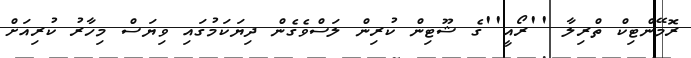
ރޮމޭންޓިކް ތްރިލާ ''ރޯއީ''ގެ ޝޫޓިން ކުރިން ލަސްވެގެން ދިޔަކަމުގައި ވިޔަސް މިހާރު ކުރިއަށް